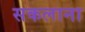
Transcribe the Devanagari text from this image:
सकलाना